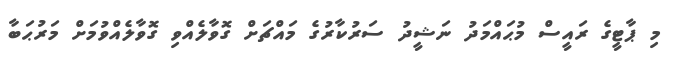
މި ޕާޓީގެ ރައީސް މުޙައްމަދު ނަޝީދު ސަރުކާރުގެ މައްޗަށް ގޮވާލެއްވި ގޮވާލެއްވުމަށް މަރުޙަބާ